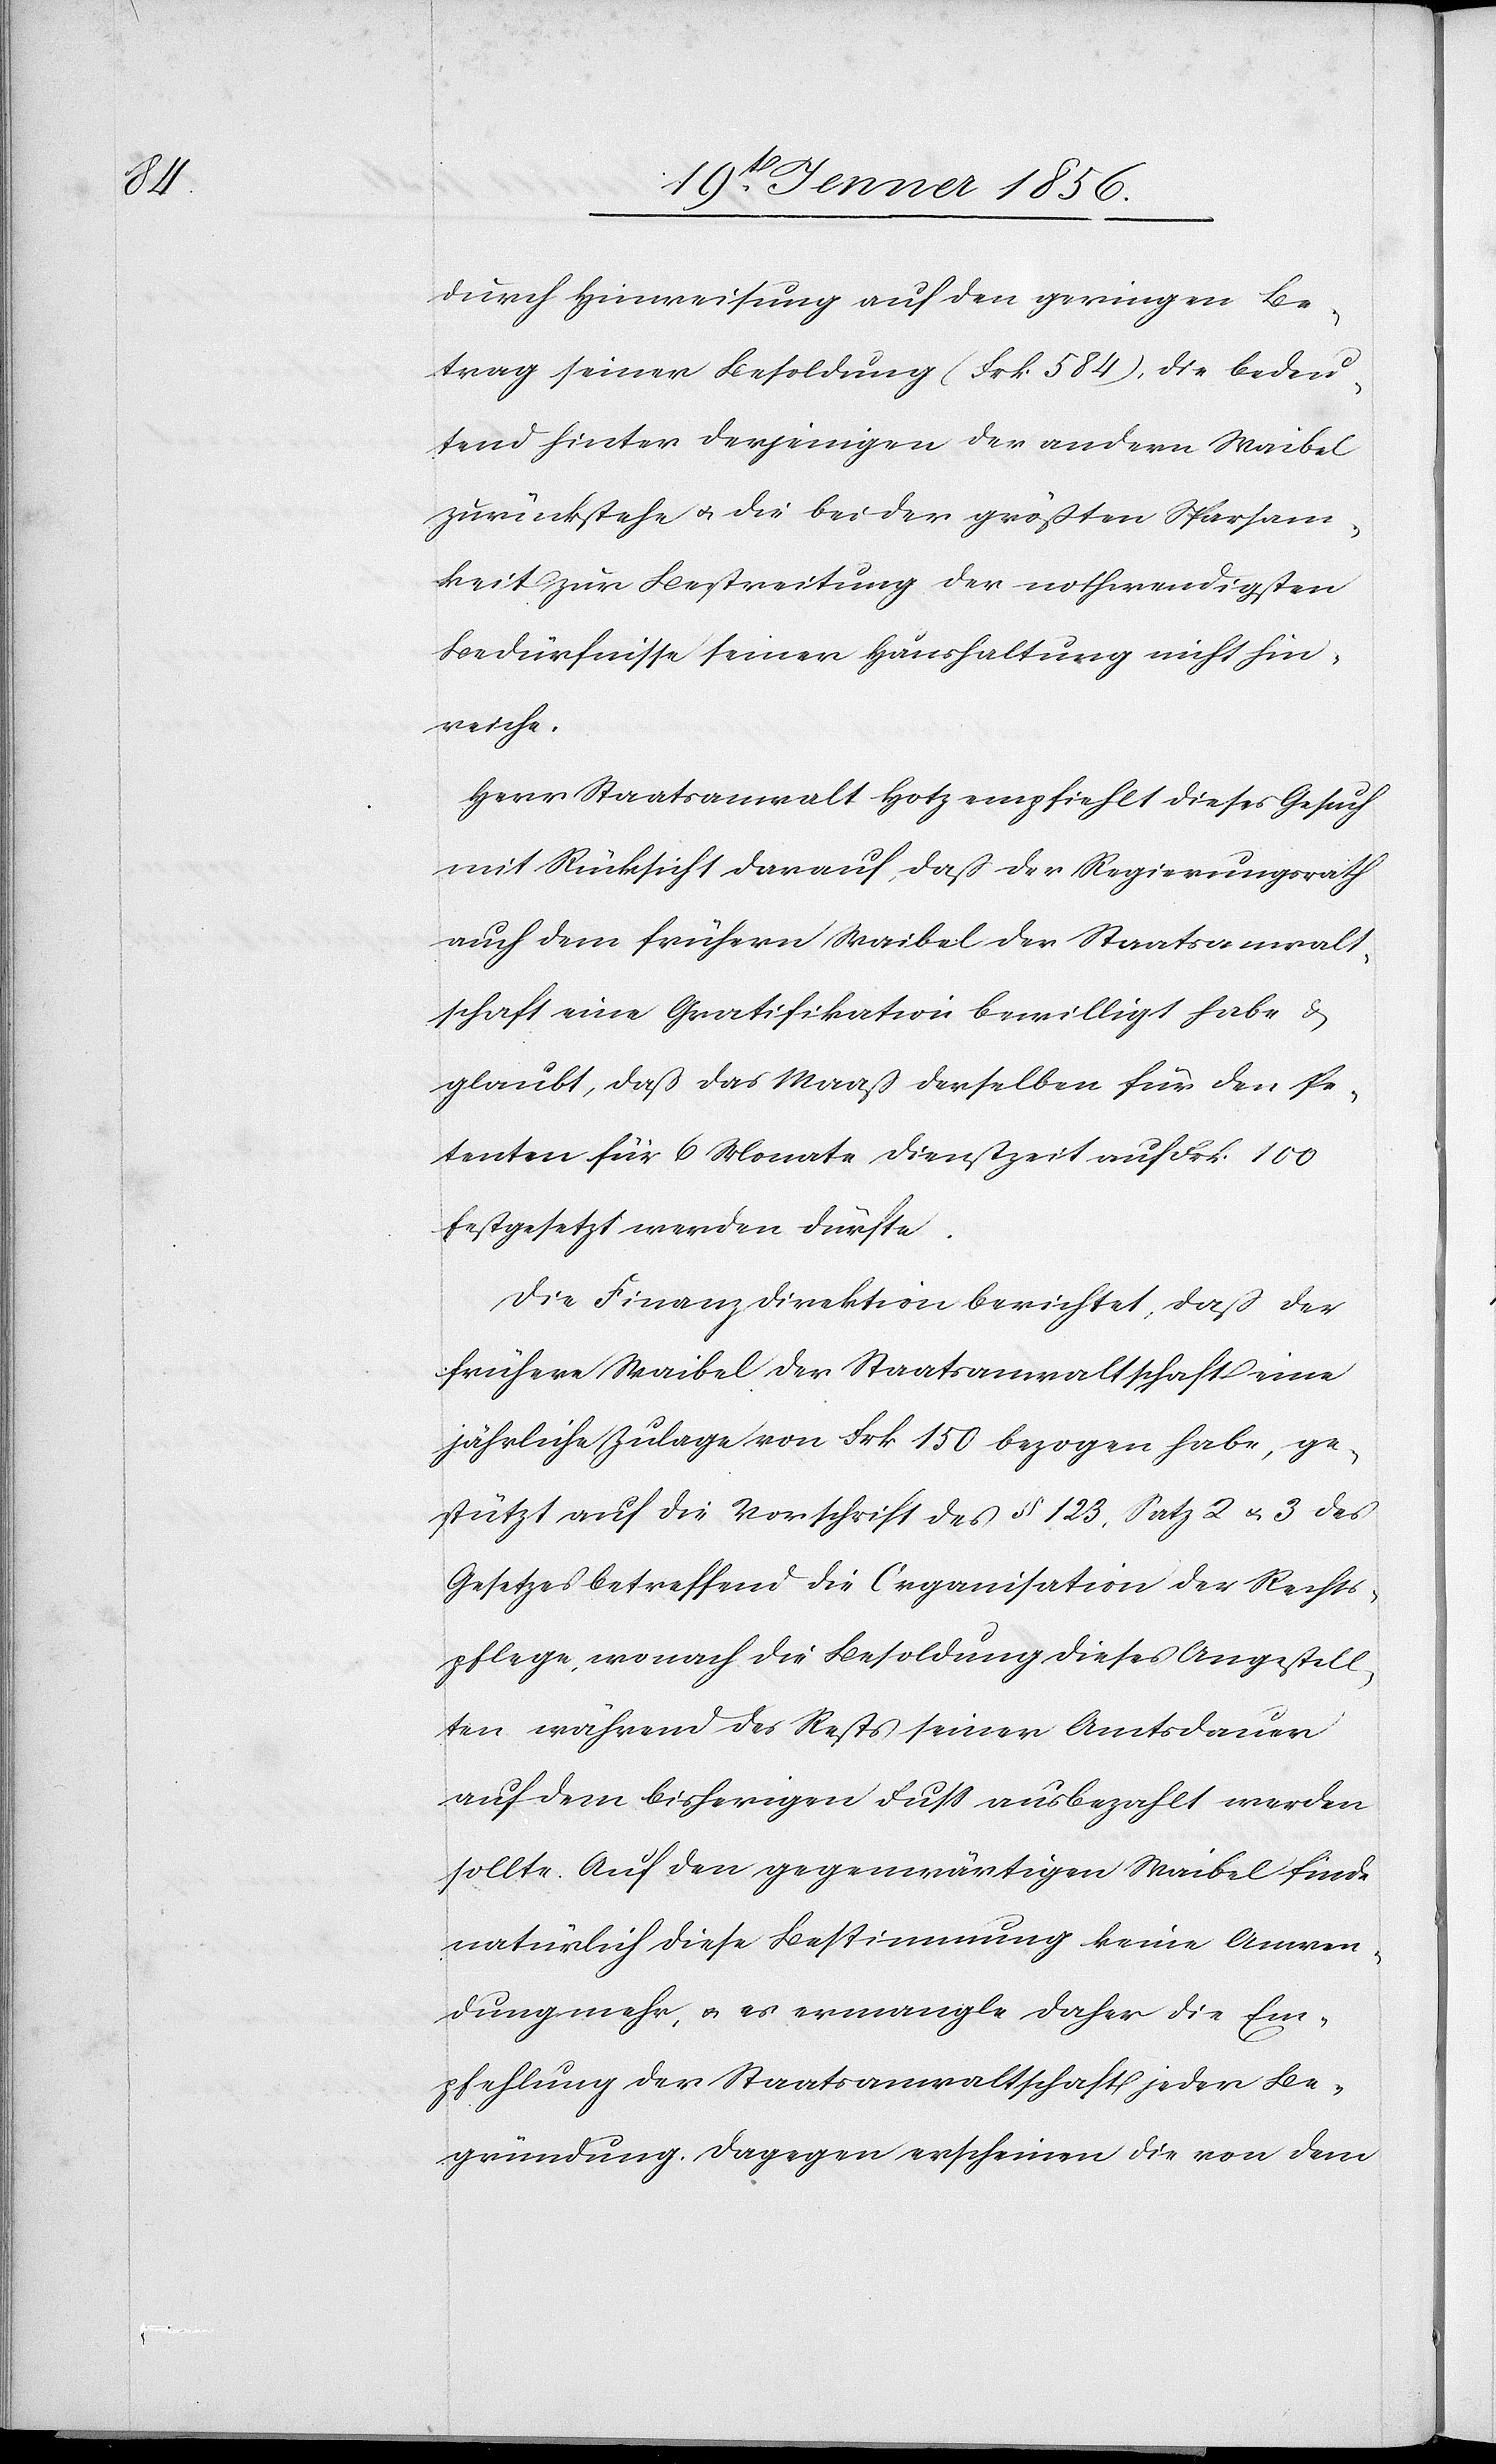
durch Hinweisung auf den geringen Be¬
trag seiner Besoldung (Frk. 584), die bedeu¬
tend hinter derjenigen der andern Waibel
zurückstehe u. die bei der größten Sparsam¬
keit zur Bestreitung der nothwendigsten
Bedürfnisse seiner Haushaltung nicht hin¬
reiche.
Herr Staatsanwalt Hotz empfiehlt dieses Gesuch
mit Rücksicht darauf, daß der Regierungsrath
auch dem frühern Waibel der Staatsanwalt¬
schaft eine Gratifikation bewilligt habe u.
glaubt, daß das Maaß derselben für den Pe¬
tenten für 6 Monate Dienstzeit auf Frk. 100
festgesetzt werden dürfte.
Die Finanzdirektion berichtet, daß der
frühere Waibel der Staatsanwaltschaft eine
jährliche Zulage von Frk 150 bezogen habe, ge¬
stützt auf die Vorschrift des § 123, Satz 2 u. 3 des
Gesetzes betreffend die Organisation der Rechts¬
pflege, wonach die Besoldung dieses Angestell¬
ten während des Rests seiner Amtsdauer
auf dem bisherigen Fuß ausbezahlt werden
sollte. Auf den gegenwärtigen Waibel finde
natürlich dieses Bestimmung keine Anwen¬
dung mehr, u. es ermangle daher die Em¬
pfehlung der Staatsanwaltschaft jeder Be¬
gründung. Dagegen erscheinen die von dem